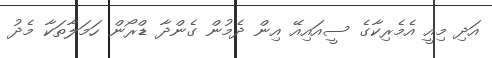
އަދި މިއީ އެމެރިކާގެ ސީއައިއޭ އިން ދެމުން ގެންދާ ޑްރޯން ހަމަލާތަކާ މެދު